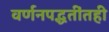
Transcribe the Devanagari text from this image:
वर्णनपद्धतींतही